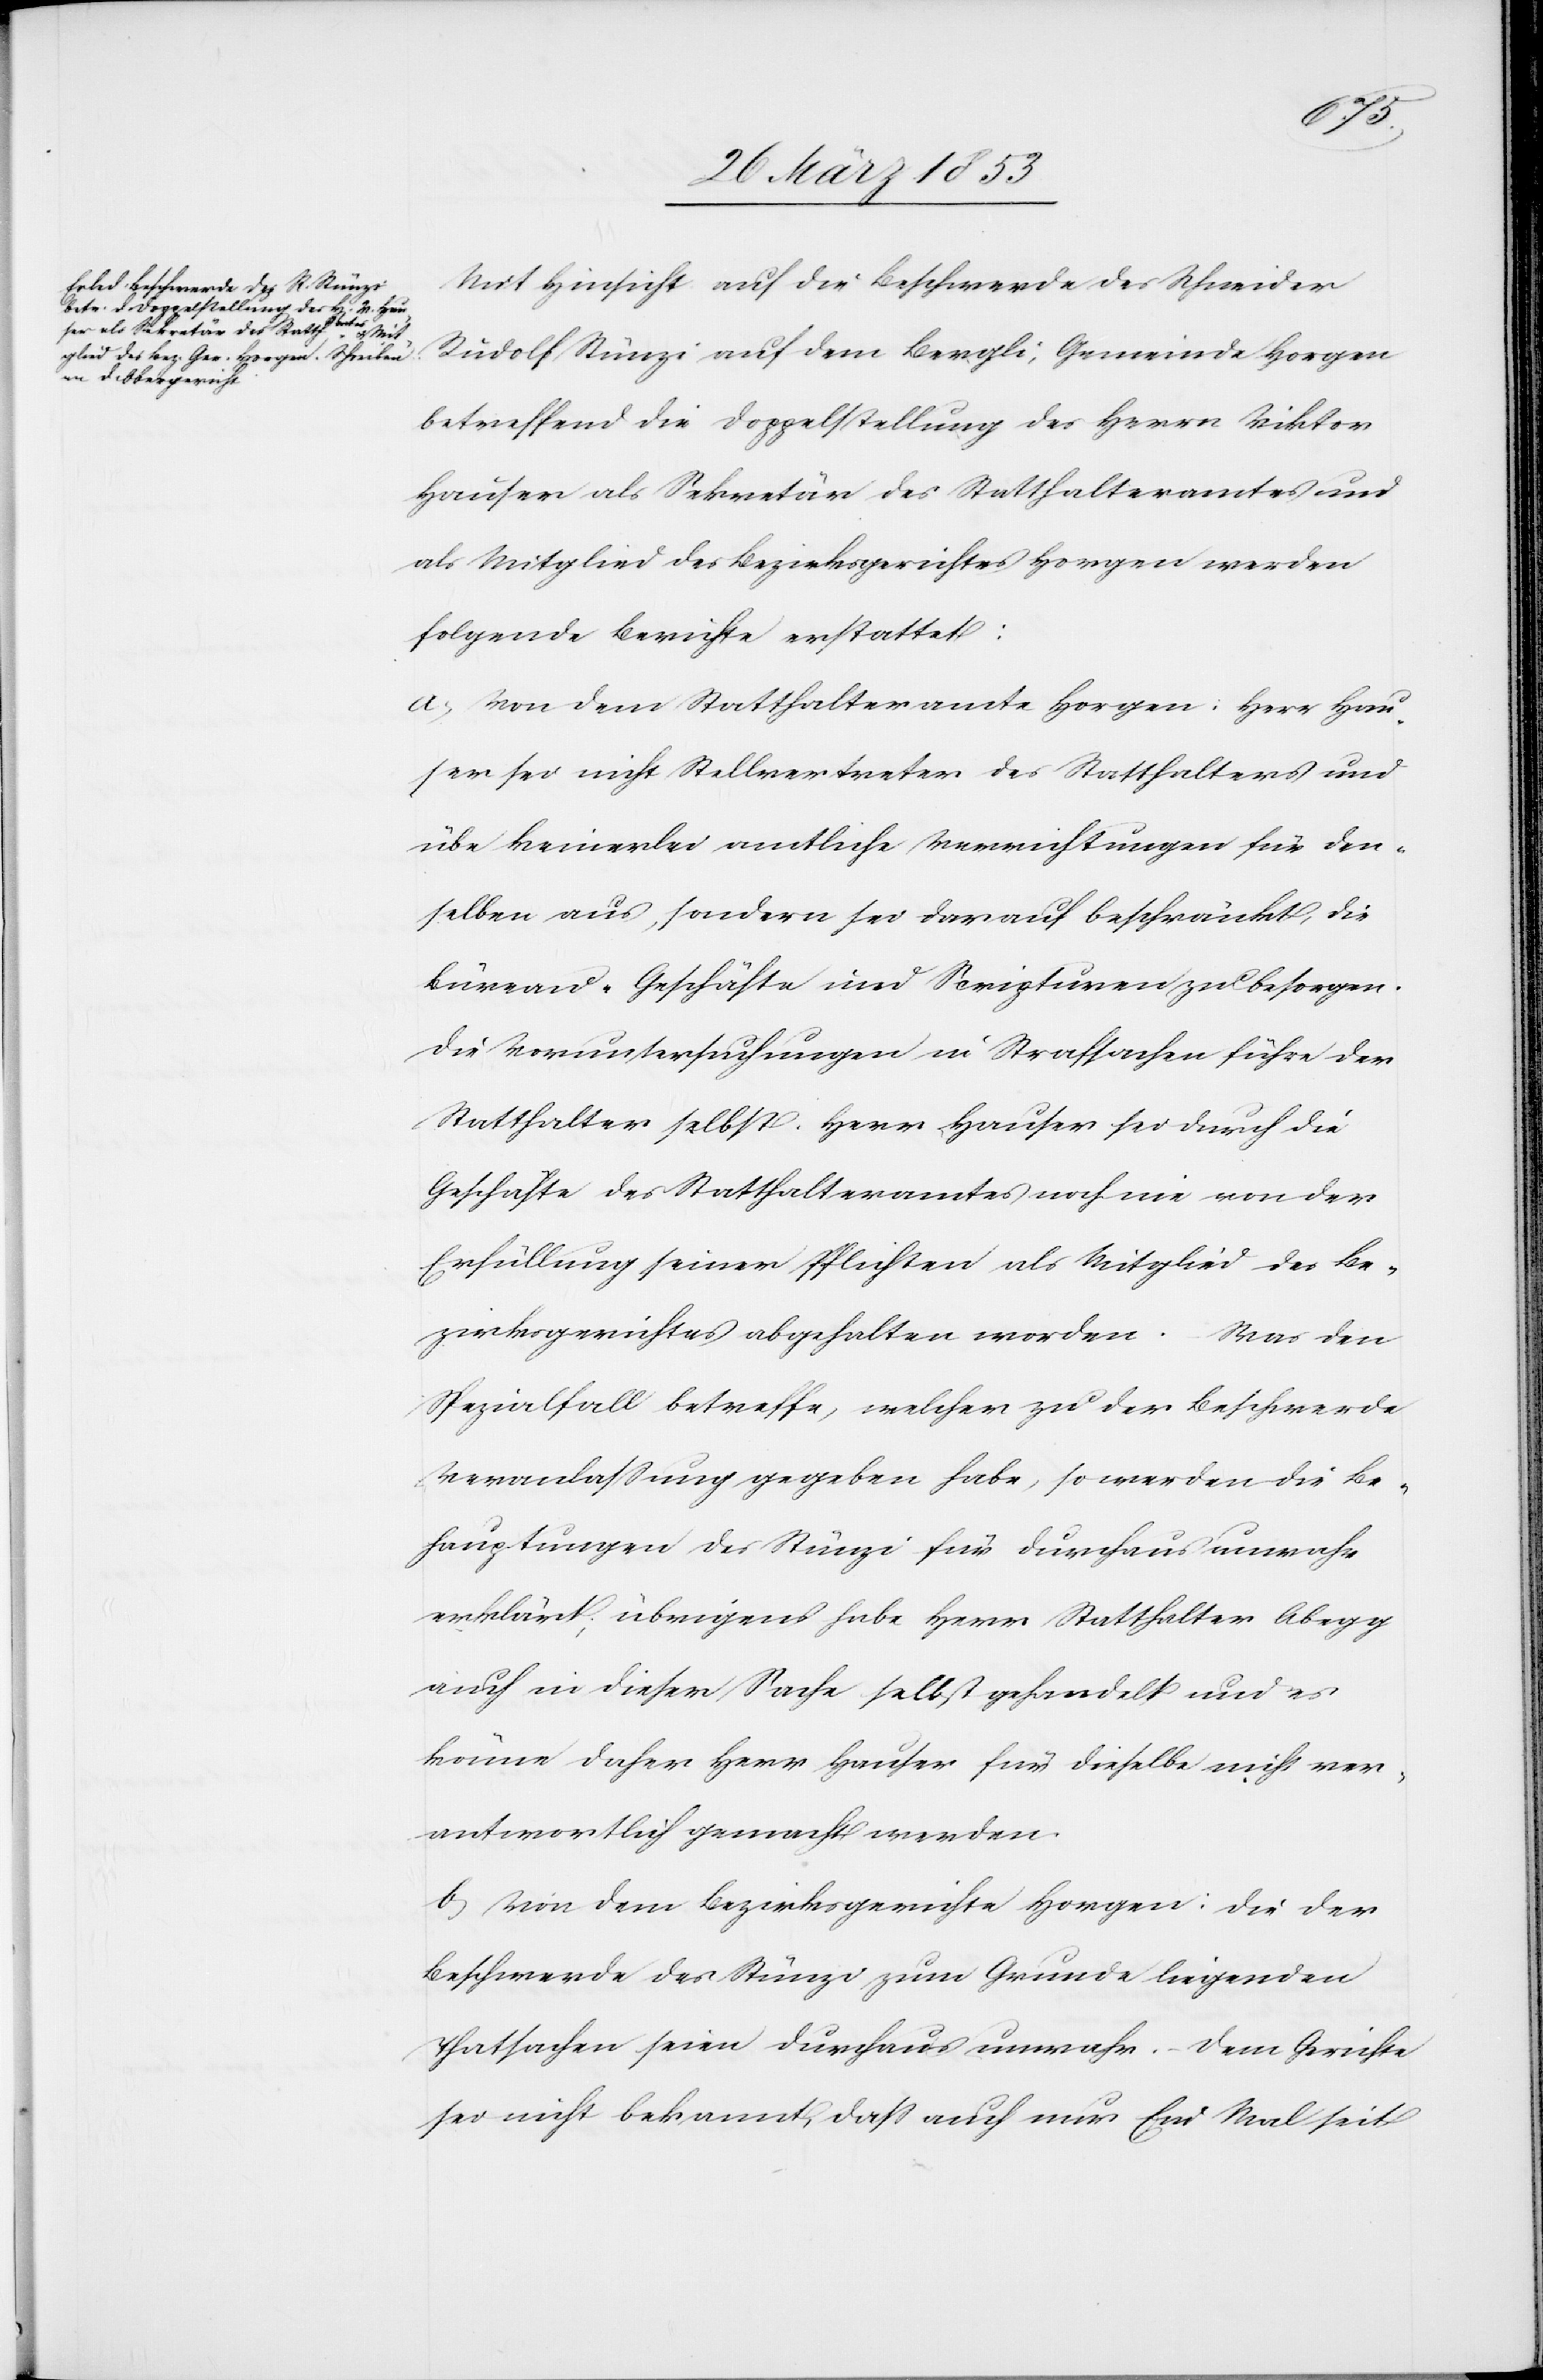
Mit Hinsicht auf die Beschwerde des Schneider
Rudolf Stünzi auf dem Bergli, Gemeinde Horgen
betreffend die Doppelstellung des Herrn Viktor
Hauser als Sekretär des Statthalteramtes und
als Mitglied des Bezirksgerichtes Horgen werden
folgende Berichte erstattet:
a, Von dem Statthalteramte Horgen: Herr Hau¬
ser sei nicht Stellvertreter des Statthalters und
übe keinerlei amtliche Verrichtungen für den¬
selben aus, sondern sei darauf beschränkt, die
Büreau-Geschäfte und Scripturen zu besorgen.
Die Voruntersuchungen in Strafsachen führe der
Statthalter selbst. Herr Hauser sei durch die
Geschäfte des Statthalteramtes noch nie von der
Erfüllung seiner Pflichten als Mitglied des Be¬
zirksgerichtes abgehalten worden. Was den
Spezialfall betreffe, welcher zu der Beschwerde
Veranlaßung gegeben habe, so werden die Be¬
hauptungen des Stünzi für durchaus unwahr
erklärt; übrigens habe Herr Statthalter Abegg
auch in dieser Sache selbst gehandelt und es
könne daher Herr Hauser für dieselbe nicht ver¬
antwortlich gemacht werden.
b, Von dem Bezirksgerichte Horgen: Die der
Beschwerde des Stünzi zum Grunde liegenden
Thatsachen seien durchaus unwahr. Dem Gerichte
sei nicht bekannt, daß auch nur Ein Mal seit